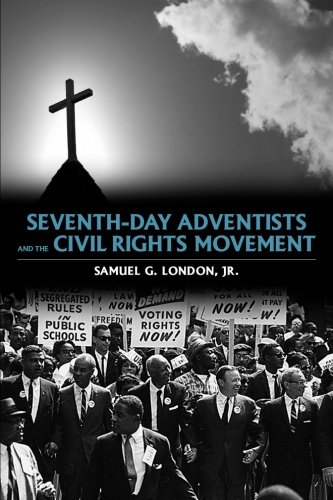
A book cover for Seventh-day Adventists and the Civil Rights Movement; Samuel G.  Jr. London; Christian Books & Bibles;